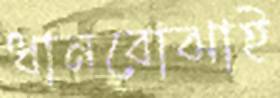
ধানবোঝাই